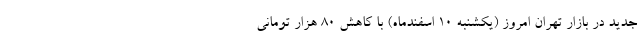
جدید در بازار تهران امروز (یکشنبه ۱۰ اسفندماه) با کاهش ۸۰ هزار تومانی